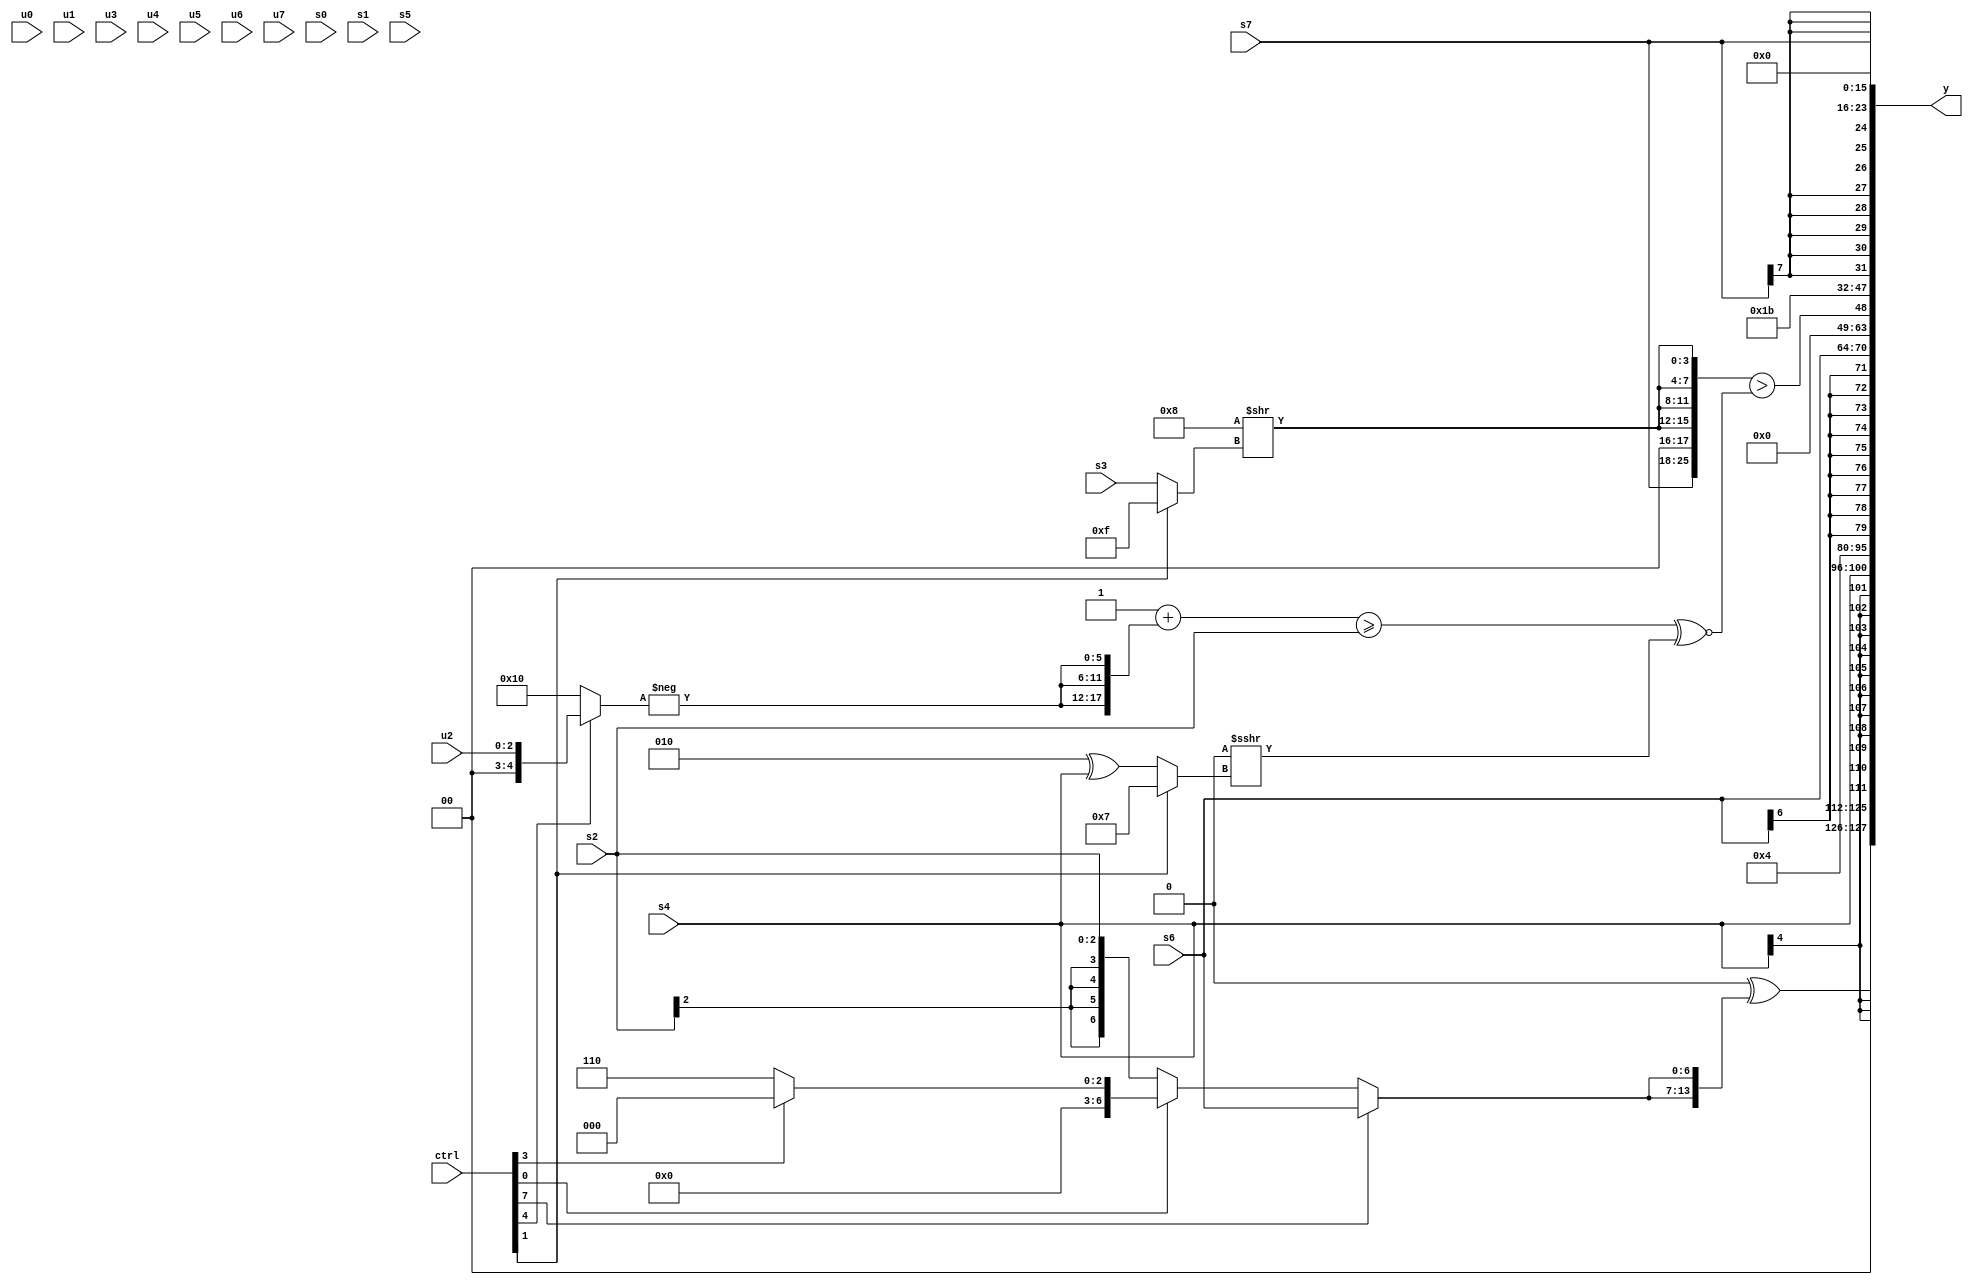
module wideexpr_00419(ctrl, u0, u1, u2, u3, u4, u5, u6, u7, s0, s1, s2, s3, s4, s5, s6, s7, y);
  input [7:0] ctrl;
  input [0:0] u0;
  input [1:0] u1;
  input [2:0] u2;
  input [3:0] u3;
  input [4:0] u4;
  input [5:0] u5;
  input [6:0] u6;
  input [7:0] u7;
  input signed [0:0] s0;
  input signed [1:0] s1;
  input signed [2:0] s2;
  input signed [3:0] s3;
  input signed [4:0] s4;
  input signed [5:0] s5;
  input signed [6:0] s6;
  input signed [7:0] s7;
  output [127:0] y;
  wire [15:0] y0;
  wire [15:0] y1;
  wire [15:0] y2;
  wire [15:0] y3;
  wire [15:0] y4;
  wire [15:0] y5;
  wire [15:0] y6;
  wire [15:0] y7;
  assign y = {y0,y1,y2,y3,y4,y5,y6,y7};
  assign y0 = {($unsigned($signed({4{(3'sb010)&(4'sb0001)}})))^({2{(ctrl[7]?s6:(ctrl[0]?(ctrl[3]?4'sb0000:6'sb000110):s2))}})};
  assign y1 = s4;
  assign y2 = 3'b100;
  assign y3 = $signed(s6);
  assign y4 = ($signed({s7,$signed(2'sb00),{4{($signed(4'b1000))>>((ctrl[1]?2'sb11:s3))}}}))>((+((($unsigned(+($signed(2'sb01))))+({3{{-((ctrl[4]?u2:6'b010000))}}}))>=(s2)))^~($signed($signed((1'sb0)>>>((ctrl[1]?5'sb00111:(3'sb010)^(s4)))))));
  assign y5 = ({3{3'sb011}})>>>(3'sb011);
  assign y6 = s7;
  assign y7 = {1{(s5)<<<($signed(5'sb01011))}};
endmodule